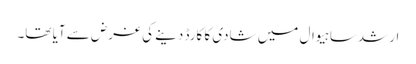
ارشد ساہیوال میں شادی کا کارڈ دینے کی غرض سے آیا تھا۔